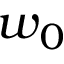
w _ { 0 }